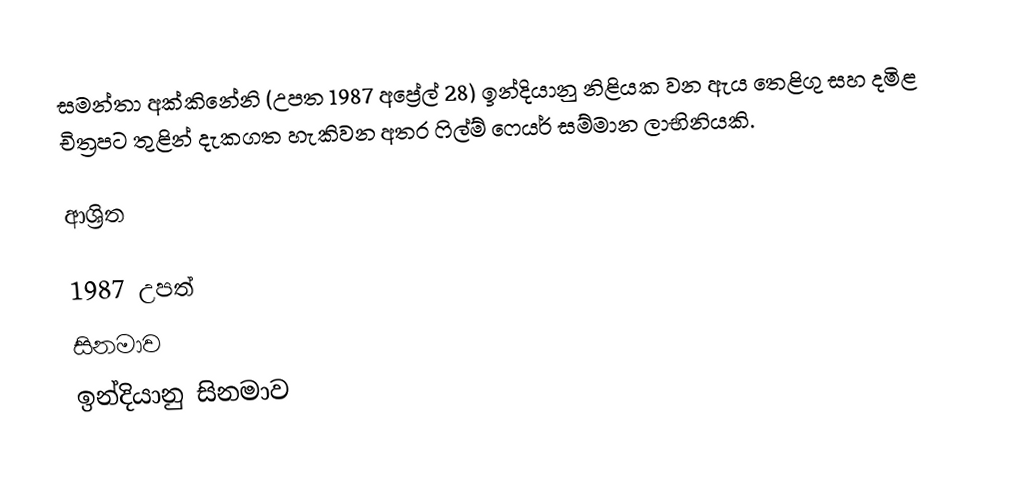
සමන්තා අක්කිනේනි (උපත 1987 අප්‍රේල් 28) ඉන්දියානු නිළියක වන ඇය තෙළිගු සහ දමිළ චිත්‍රපට තුළින් දැකගත හැකිවන අතර ෆිල්ම් ෆෙයර් සම්මාන ලාභිනියකි.

ආශ්‍රිත

1987 උපත්
සිනමාව
ඉන්දියානු සිනමාව